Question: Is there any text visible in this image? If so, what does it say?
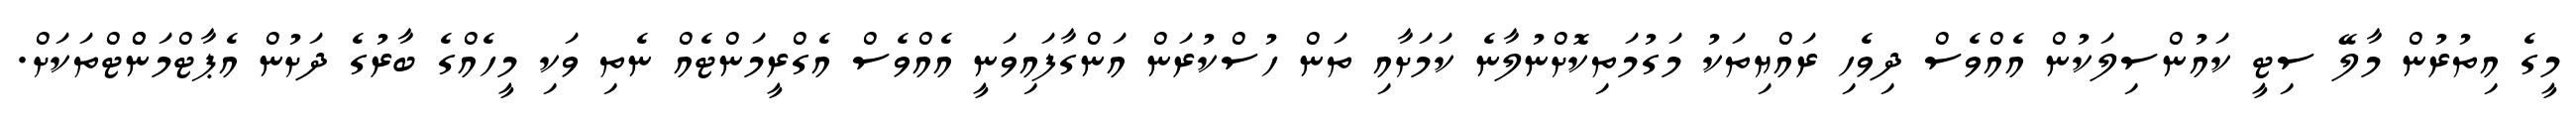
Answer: މީގެ އިތުރުން މާލޭ ސިޓީ ކައުންސިލަކުން އެއްވެސް ދިވެހި ރައްޔިތަކު މަގުމަތިކޮށްނުލާނެ ކަމަށާއި ތަން ހުސްކުރަން އަންގާފައިވަނީ އެއްވެސް އެގްރީމަންޓެއް ނެތި ވަކި މީހެއްގެ ބާރުގެ ދަށުން އެޕާޓްމަންްޓްތަކަށް.